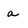
Character: a